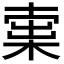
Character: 𣕿